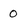
Character: 0